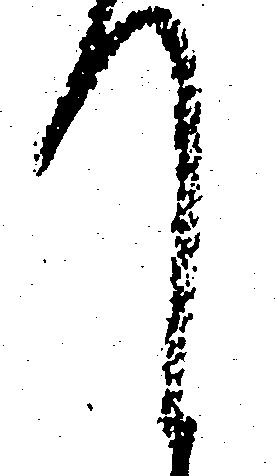
て